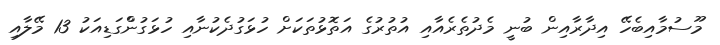
މޫސުމާއިބެހޭ އިދާރާއިން ބުނީ މެދުތެރެއާއި އުތުރުގެ އަތޮޅުތަކަށް ހުޅަގުދެކުނާއި ހުޅަގުންްގަޑިއަކު 13 މޭލާއި